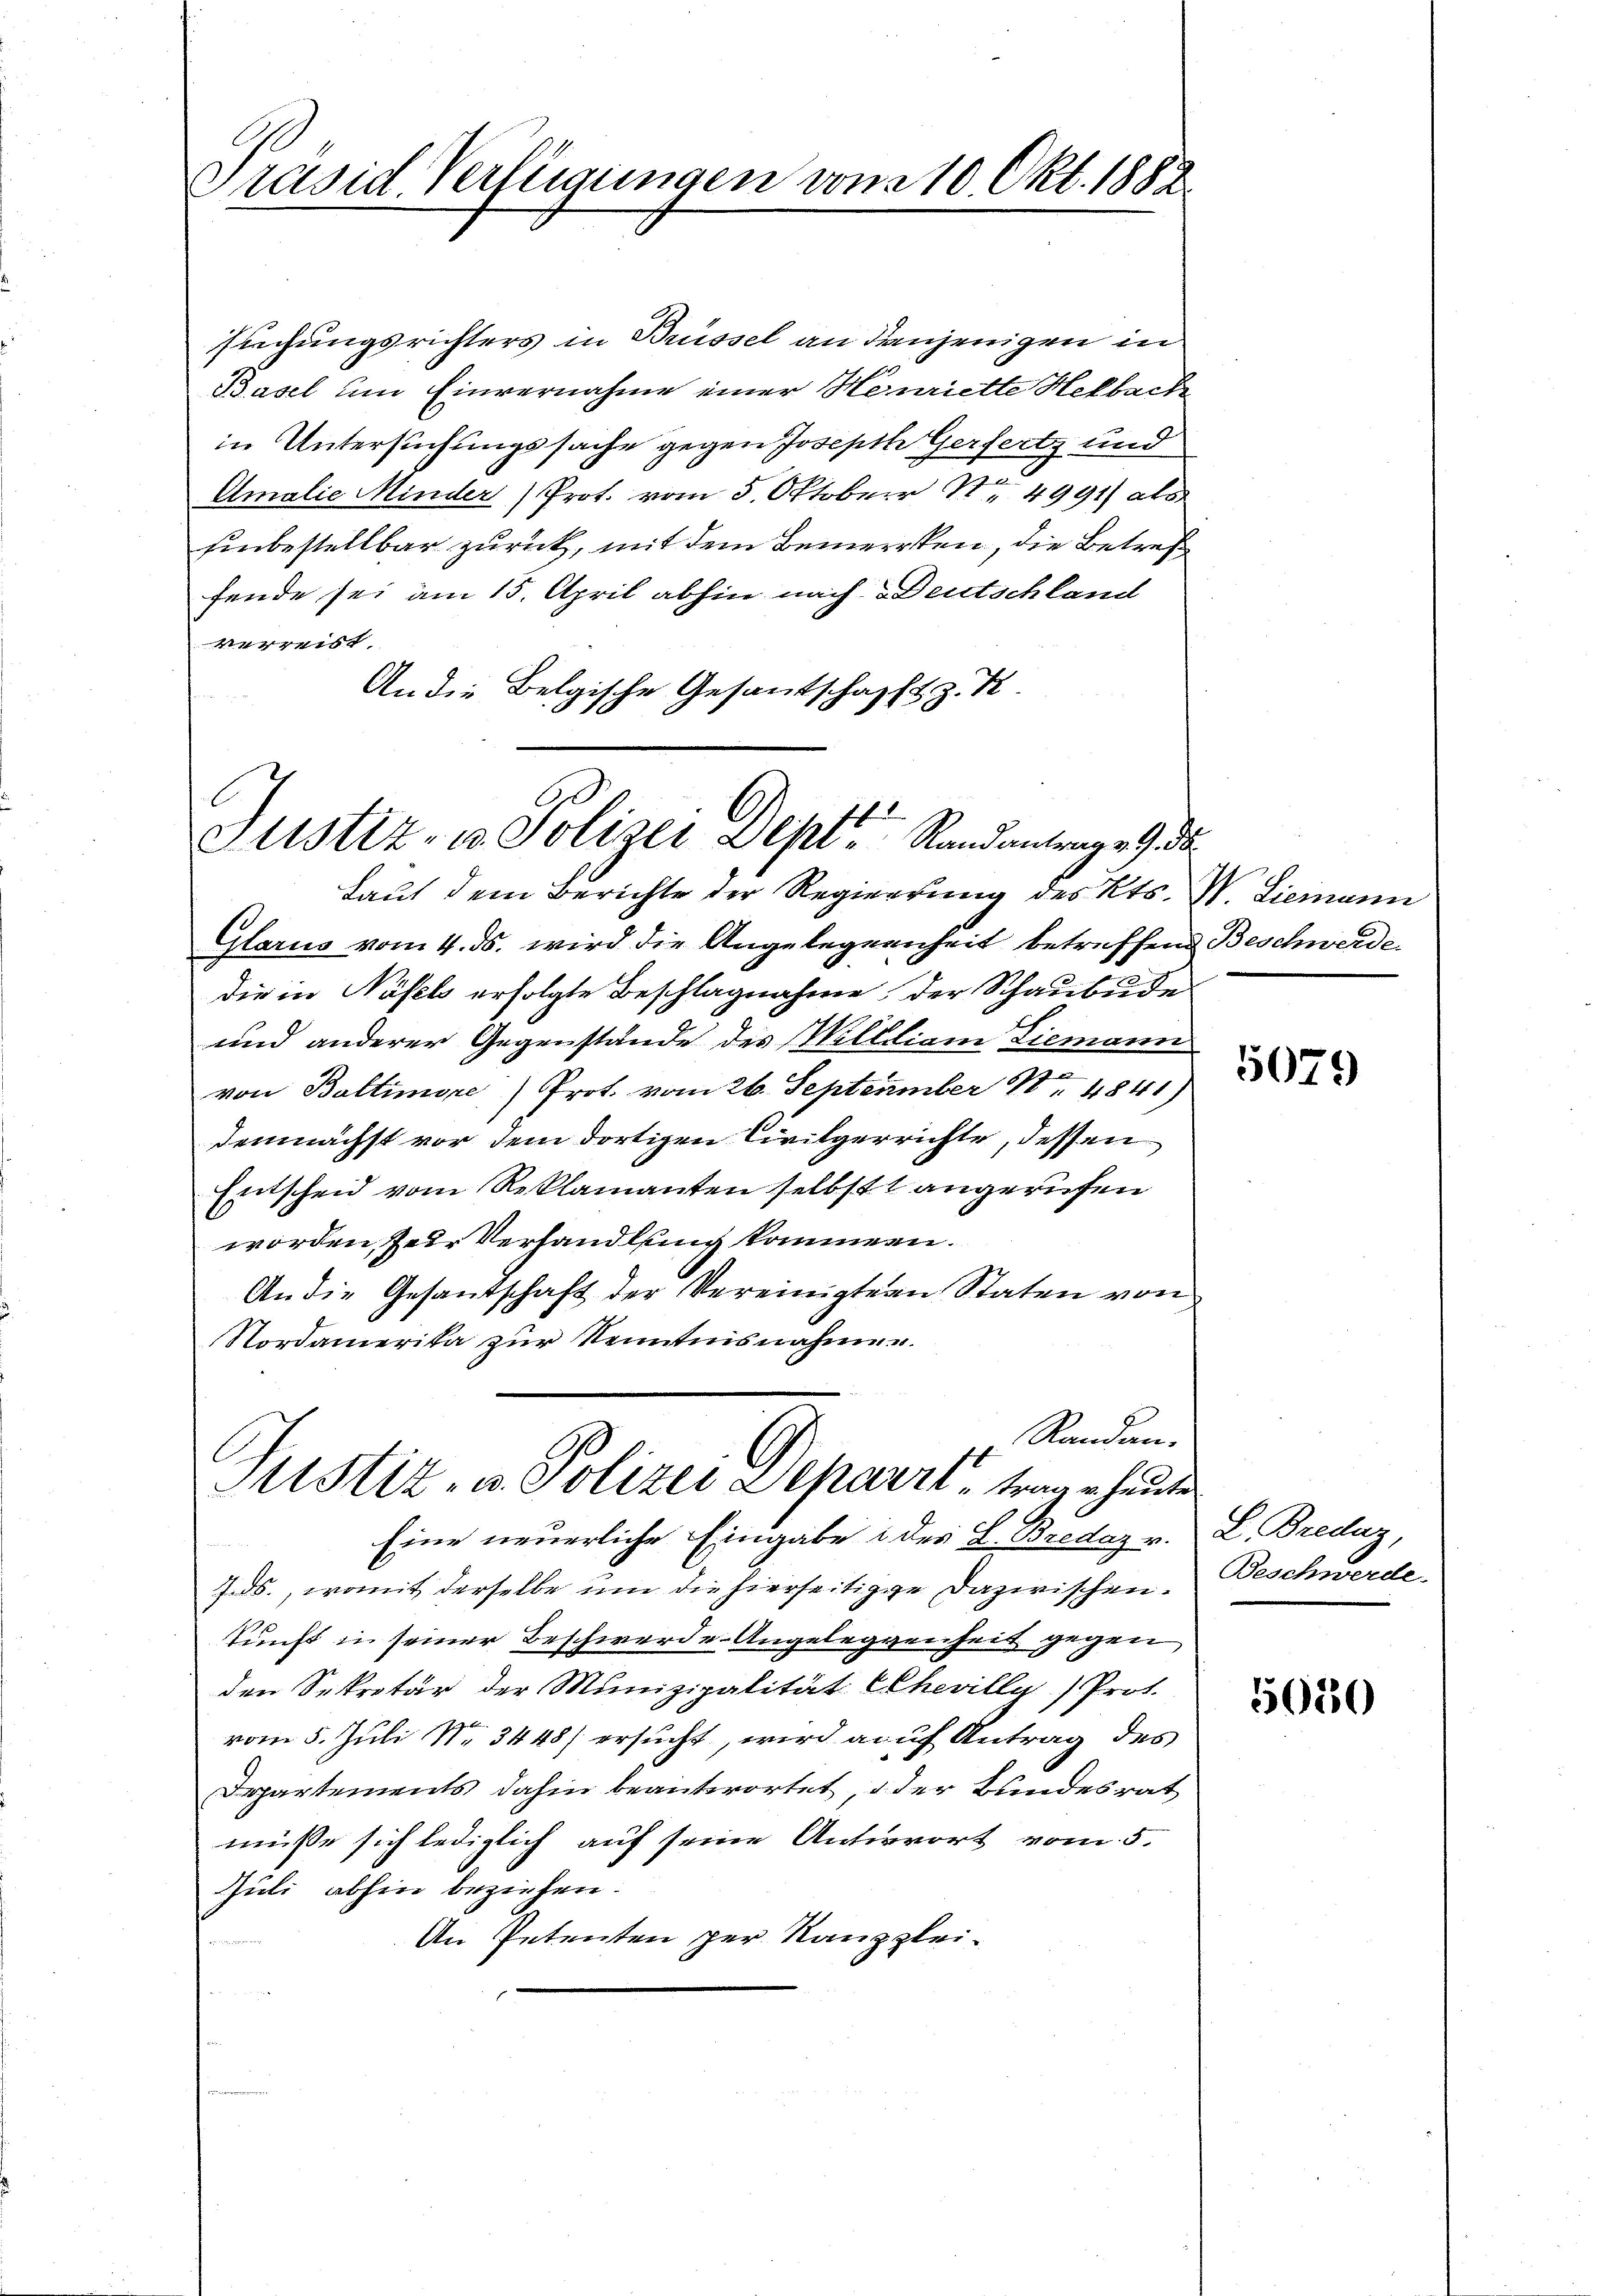
Präsid. Verfügungen von 210. Okt. 1882.

siechungsrichters in Brüssel an denjenigen in
Basel um Einvernahme einer Henriette Helbach
in Untersuchungssache gegen Joseph Gerfertz und
Amalie Minder Prot. vom 5. Oktober Nr. 4991 als
hinbestellbar zurück, mit dem Bemerkten, die Betref
fende sei am 15. April abhin nach Deutschland
verreist.
An die Belgische Gesantschafft z. K.

Justiz- u. Polizei Sept. Randantrag v. 9. da

Laut dem Berichte der Regierung des Kts.
Glarus vom 4. ds. wird die Angelegenheit betreffend Beschwerde
die in Näfels erfolgte Beschlagnahme der Schaubude
und anderer Gegenstände des Wellliam Ziemann
von Baltimore Prot. vom 26. September No 4841)
demnächst vor dem dortigen Civilgerrichte, dessen
Entscheid vom Reklamanten selbst angerufen
worden, zur Verhandlung kommen.
An die Gesandschaft der Vereinigten Staten von
Nordamerika zur Kenntnisnahmen.
Eine neuerliche Eingabe & des L. Bredaz v.
J.ds., womit derselbe um die hierseitige Dazwischen.
kunft in seiner Beschwerde-Angelegenheit gegen
den Sekretär der Munizipalität Chevilly) Prot.
Peten
vom 5. Juli N. 3448) ersucht, wird auf Antrag des
Departements dahin beantwortet, oder Bundesrat
müsse sich lediglich auf seine Antwort vom 5.
Juli abhin beziehen.
An Petenten per Naupplei¬

Randans
Justiz- u. Polizei Deparre trage heute

V. Liemann

5079

L. Breduz,
Beschwerde.

5050